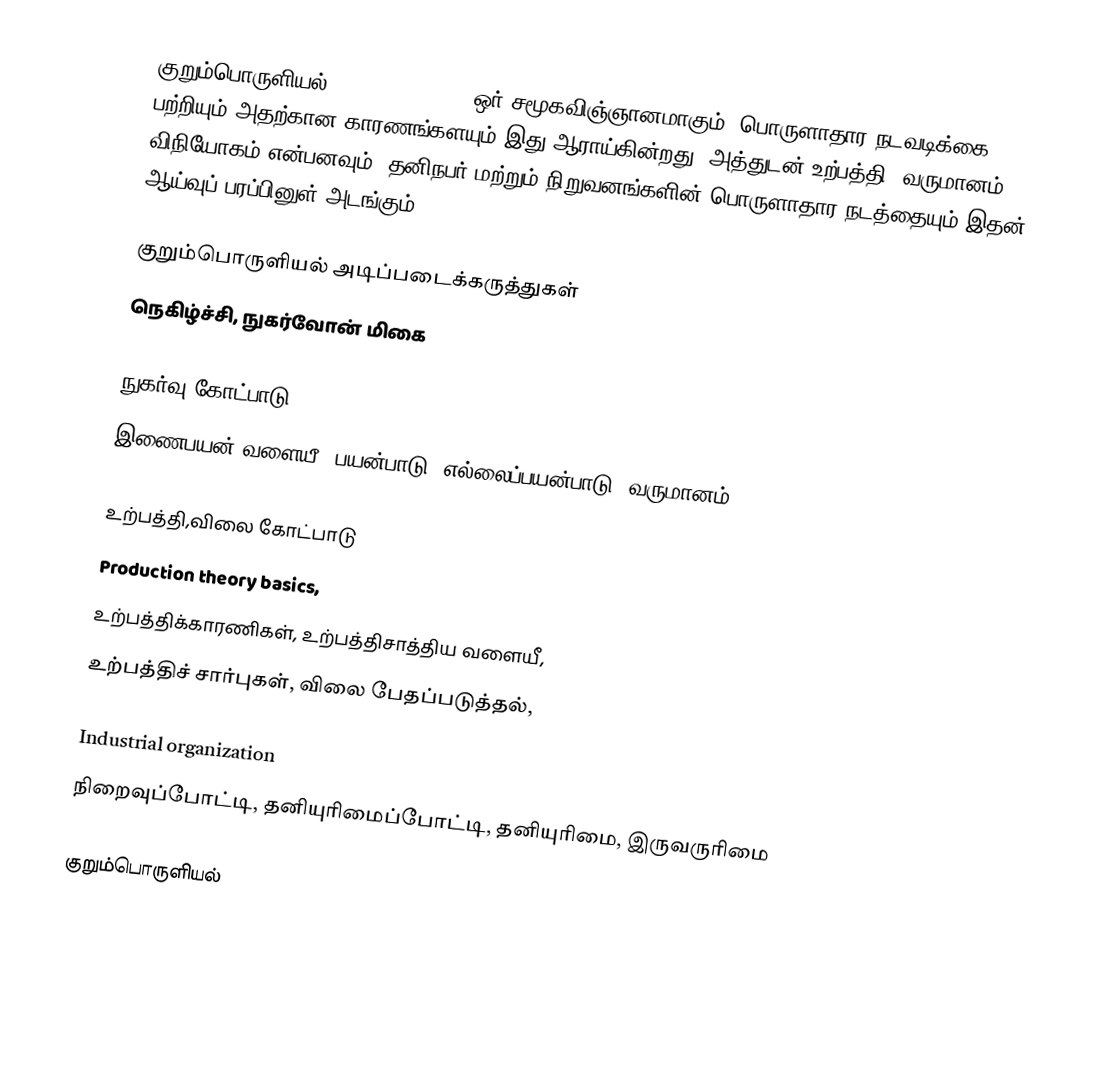
குறும்பொருளியல் (microeconomics) ஒர் சமூகவிஞ்ஞானமாகும். பொருளாதார நடவடிக்கை பற்றியும் அதற்கான காரணங்களயும் இது ஆராய்கின்றது. அத்துடன் உற்பத்தி, வருமானம், விநியோகம் என்பனவும், தனிநபர் மற்றும் நிறுவனங்களின் பொருளாதார நடத்தையும் இதன் ஆய்வுப் பரப்பினுள் அடங்கும்.

குறும்பொருளியல் அடிப்படைக்கருத்துகள்
நெகிழ்ச்சி, நுகர்வோன் மிகை

நுகர்வு கோட்பாடு
இணைபயன் வளையீ, பயன்பாடு, எல்லைப்பயன்பாடு, வருமானம்

உற்பத்தி,விலை கோட்பாடு
Production theory basics,
உற்பத்திக்காரணிகள், உற்பத்திசாத்திய வளையீ,
உற்பத்திச் சார்புகள், விலை பேதப்படுத்தல்,

Industrial organization
நிறைவுப்போட்டி, தனியுரிமைப்போட்டி, தனியுரிமை, இருவருரிமை

குறும்பொருளியல்